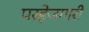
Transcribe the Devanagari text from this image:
परहेजगारी